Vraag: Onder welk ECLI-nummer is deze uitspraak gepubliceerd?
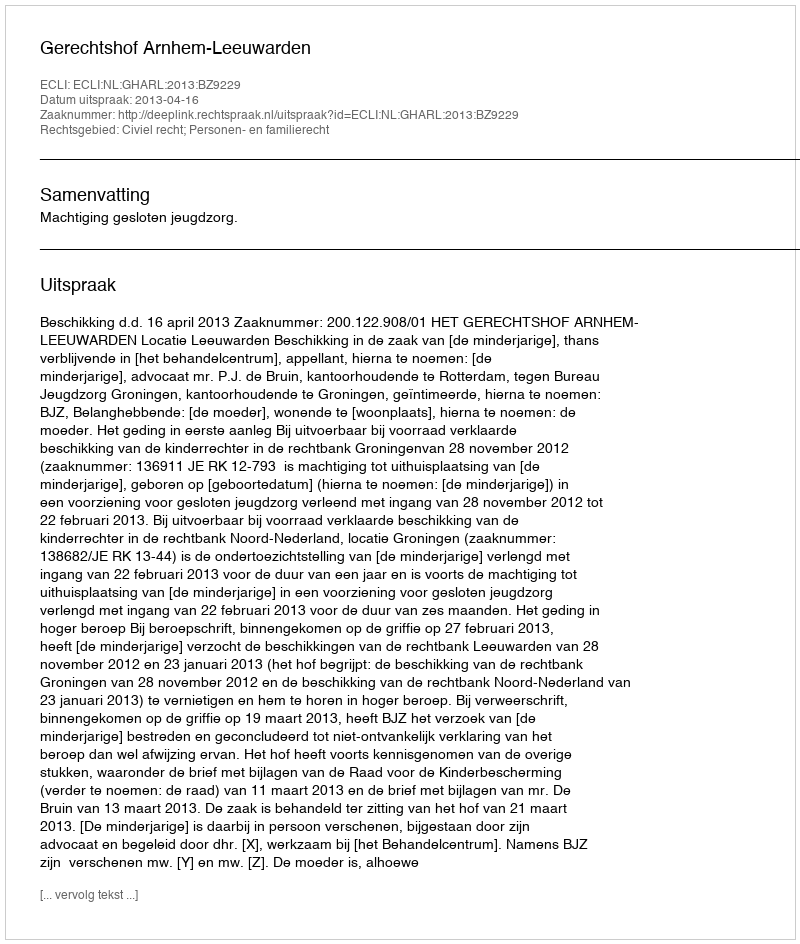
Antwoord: ECLI:NL:GHARL:2013:BZ9229